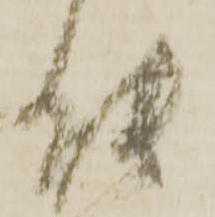
能